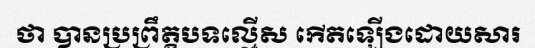
ថា បានប្រព្រឹត្តបទល្មើស កើតឡើងដោយសារ